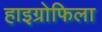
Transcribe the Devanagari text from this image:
हाइग्रोफिला